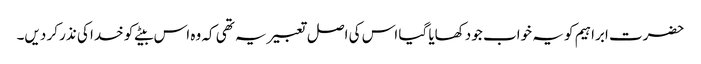
حضرت ابراہیم کو یہ خواب جو دکھایا گیا اس کی اصل تعبیر یہ تھی کہ وہ اس بیٹے کو خدا کی نذر کر دیں۔